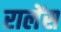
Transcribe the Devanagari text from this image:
रालेंस